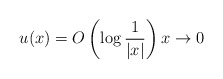
\begin{align*} u(x)=O\left( \log \frac{1}{|x|} \right) x\to0 \end{align*}